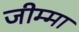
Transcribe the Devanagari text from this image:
जीम्मा